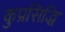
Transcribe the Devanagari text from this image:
कुप्रसिद्धि